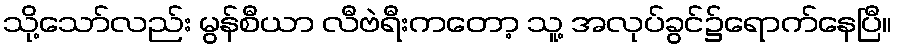
သို့သော်လည်း မွန်စီယာ လီဗဲရီးကတော့ သူ့ အလုပ်ခွင်၌ရောက်နေပြီ။